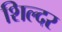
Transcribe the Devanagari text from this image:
शिल्दर